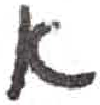
אות: א